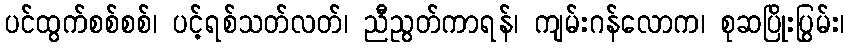
ပင်ထွက်စစ်စစ်၊ ပင့်ရစ်သတ်လတ်၊ ညီညွတ်ကာရန်၊ ကျမ်းဂန်လောက၊ စုဆပြိုးပြွမ်း၊